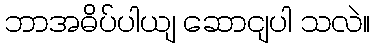
ဘာအဓိပ်ပါယျ ဆောငျပါ သလဲ။